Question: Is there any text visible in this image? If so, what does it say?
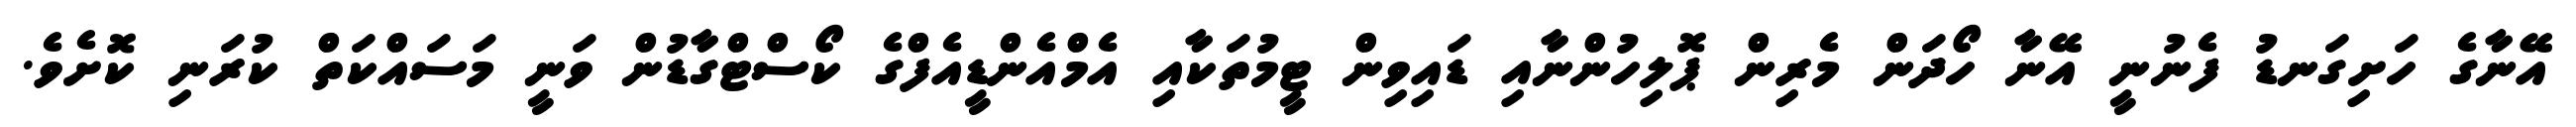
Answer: އޭނާގެ ހަށިގަނޑު ފެނުނީ އޭނާ ހޯދަން މެރިން ޕޮލިހުންނާއި ޑައިވިން ޓީމުތަކާއި އެމްއެންޑީއެފްގެ ކޯސްޓްގާޑުން ވަނީ މަސައްކަތް ކުރަނި ކޮށެވެ.